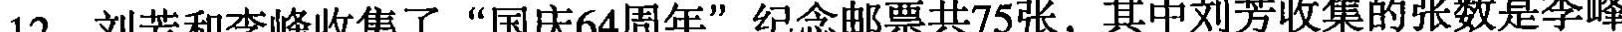
12.刘芳和李峰收集了”国庆64周年”纪念邮票共75张，其中刘芳收集的张数是李峰